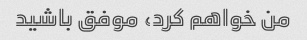
من خواهم کرد، موفق باشید